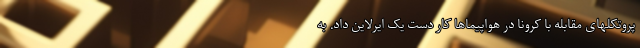
پروتکلهای مقابله با کرونا در هواپیماها کار دست یک ایرلاین داد. به